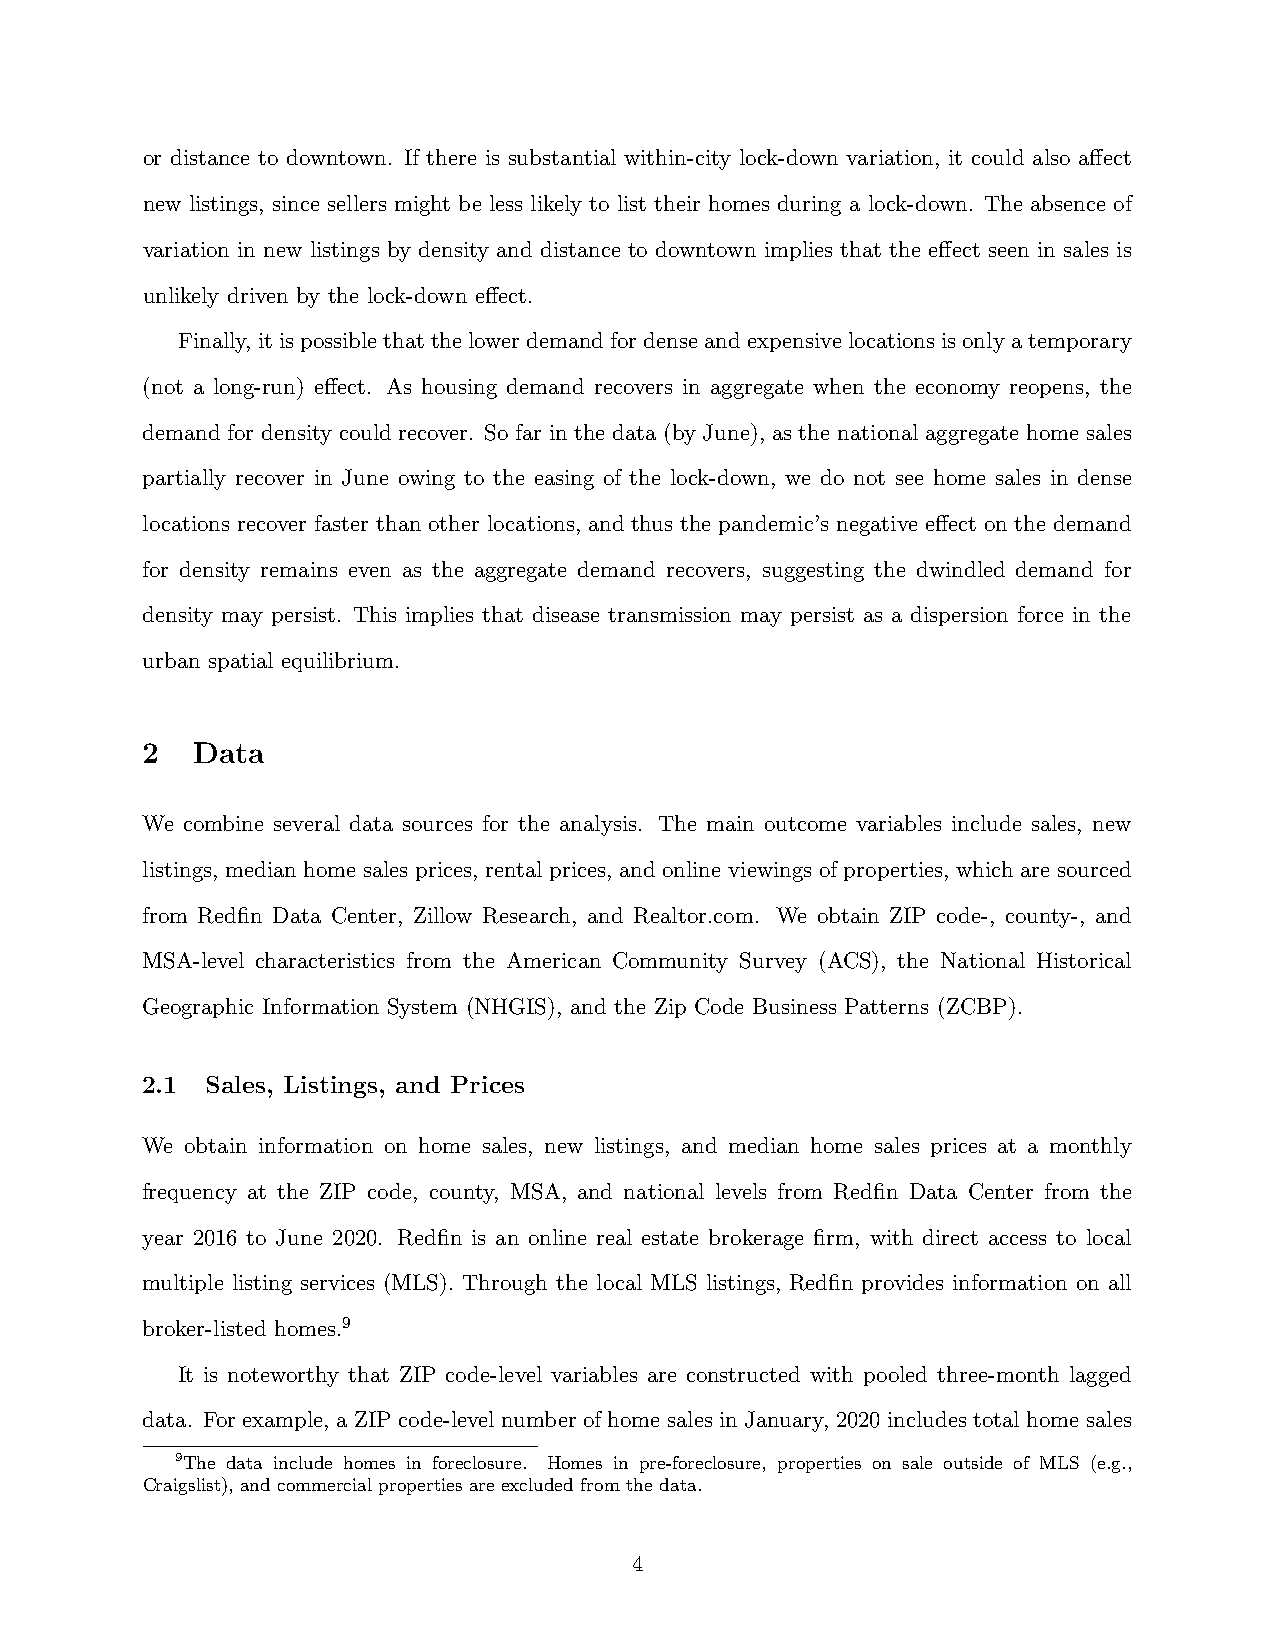
or distance to downtown. If there is substantial within-city lock-down variation, it could also affect
 new listings, since sellers might be less likely to list their homes during a lock-down. The absence of
 variation in new listings by density and distance to downtown implies that the effect seen in sales is
 unlikely driven by the lock-down effect.
 Finally, itispossiblethatthelowerdemandfordenseandexpensivelocationsisonlyatemporary
 (not a long-run) effect. As housing demand recovers in aggregate when the economy reopens, the
 demand for density could recover. So far in the data (by June), as the national aggregate home sales
 partially recover in June owing to the easing of the lock-down, we do not see home sales in dense
 locations recover faster than other locations, and thus the pandemic’s negative effect on the demand
 for density remains even as the aggregate demand recovers, suggesting the dwindled demand for
 density may persist. This implies that disease transmission may persist as a dispersion force in the
 urban spatial equilibrium.
 2   Data
 We combine several data sources for the analysis. The main outcome variables include sales, new
 listings, median home sales prices, rental prices, and online viewings of properties, which are sourced
 from Redfin Data Center, Zillow Research, and Realtor.com. We obtain ZIP code-, county-, and
 MSA-level characteristics from the American Community Survey (ACS), the National Historical
 Geographic Information System (NHGIS), and the Zip Code Business Patterns (ZCBP).
 2.1  Sales, Listings, and Prices
 We obtain information on home sales, new listings, and median home sales prices at a monthly
 frequency at the ZIP code, county, MSA, and national levels from Redfin Data Center from the
 year 2016 to June 2020. Redfin is an online real estate brokerage firm, with direct access to local
 multiple listing services (MLS). Through the local MLS listings, Redfin provides information on all
 broker-listed homes.9
 It is noteworthy that ZIP code-level variables are constructed with pooled three-month lagged
 data. For example, a ZIP code-level number of home sales in January, 2020 includes total home sales
 9The data include homes in foreclosure. Homes in pre-foreclosure, properties on sale outside of MLS (e.g.,
 Craigslist), and commercial properties are excluded from the data.
 4